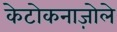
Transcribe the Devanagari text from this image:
केटोकनाज़ोले